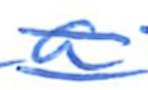
Text: a
Cross-out: double-line
Writing tool: ballpoint